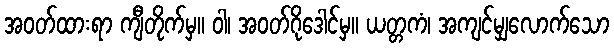
အဝတ်ထားရာ ကျီတိုက်မှ။ ဝါ၊ အဝတ်ဂိုဒေါင်မှ။ ယတ္တကံ၊ အကျင်မျှလောက်သော